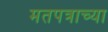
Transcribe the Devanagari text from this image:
मतपत्राच्या